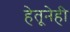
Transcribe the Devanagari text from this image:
हेतूनेही